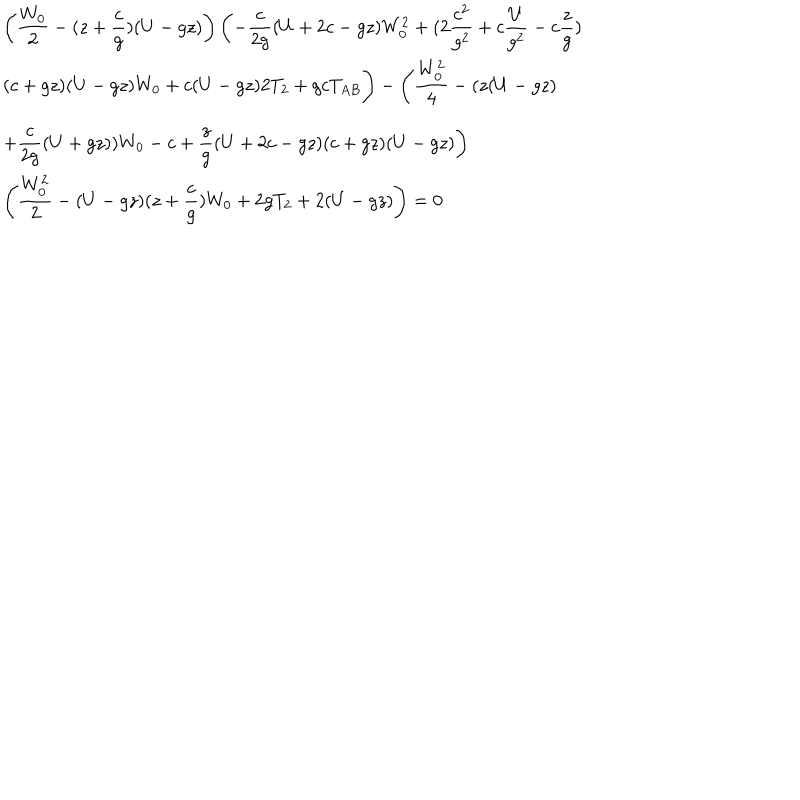
\begin{array} { l } { { { \displaystyle \left( { \frac { W _ { 0 } } { 2 } } - ( z + { \frac { c } { g } } ) ( U - g z ) \right) \left( - { \frac { c } { 2 g } } ( U + 2 c - g z ) W _ { 0 } ^ { 2 } + ( 2 { \frac { c ^ { 2 } } { g ^ { 2 } } } + c { \frac { U } { g ^ { 2 } } } - c { \frac { z } { g } } ) \right. } } } \\ { { { \displaystyle ( c + g z ) ( U - g z ) W _ { 0 } + c ( U - g z ) 2 T _ { 2 } + g c T _ { A B } \Bigg ) - \left( { \frac { W _ { 0 } ^ { 2 } } { 4 } } - ( z ( U - g z ) \right. } } } \\ { { { \displaystyle \left. + { \frac { c } { 2 g } } ( U + g z ) ) W _ { 0 } - c + { \frac { z } { g } } ( U + 2 c - g z ) ( c + g z ) ( U - g z ) \right) } } } \\ { { { \displaystyle \left( { \frac { W _ { 0 } ^ { 2 } } { 2 } } - ( U - g z ) ( z + { \frac { c } { g } } ) W _ { 0 } + 2 g T _ { 2 } + 2 ( U - g z ) \right) = 0 } } } \\ \end{array}